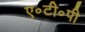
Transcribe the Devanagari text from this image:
ए॰टी॰पी